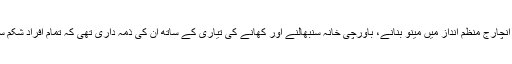
بہ طور انچارج منظم انداز میں مینو بنانے، باورچی خانہ سنبھالنے اور کھانے کی تیاری کے ساتھ ان کی ذمہ داری تھی کہ تمام افراد شکم سیر ہوں۔